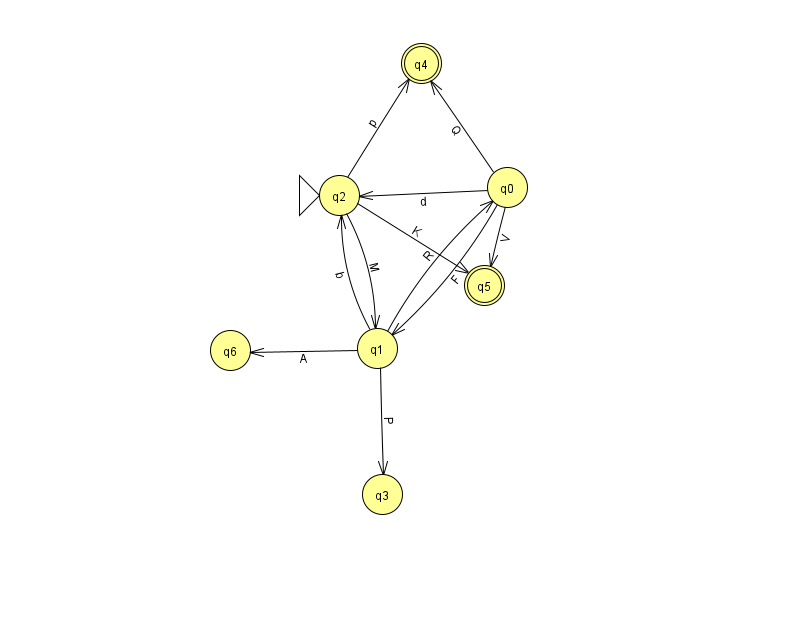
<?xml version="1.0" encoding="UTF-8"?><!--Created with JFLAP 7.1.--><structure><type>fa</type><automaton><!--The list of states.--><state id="0" name="q0"><x>507.0</x><y>174.0</y></state><state id="1" name="q1"><x>377.0</x><y>335.0</y></state><state id="2" name="q2"><x>339.0</x><y>182.0</y><initial/></state><state id="3" name="q3"><x>382.0</x><y>481.0</y></state><state id="4" name="q4"><x>421.0</x><y>50.0</y><final/></state><state id="5" name="q5"><x>484.0</x><y>272.0</y><final/></state><state id="6" name="q6"><x>230.0</x><y>337.0</y></state><!--The list of transitions.--><transition><from>2</from><to>4</to><read>p</read></transition><transition><from>0</from><to>2</to><read>d</read></transition><transition><from>0</from><to>1</to><read>F</read></transition><transition><from>0</from><to>5</to><read>V</read></transition><transition><from>1</from><to>2</to><read>b</read></transition><transition><from>0</from><to>4</to><read>Q</read></transition><transition><from>1</from><to>6</to><read>A</read></transition><transition><from>1</from><to>0</to><read>R</read></transition><transition><from>1</from><to>3</to><read>P</read></transition><transition><from>2</from><to>5</to><read>K</read></transition><transition><from>2</from><to>1</to><read>M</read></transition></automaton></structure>